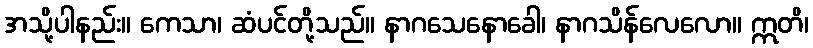
အသို့ပါနည်း။ ကေသာ၊ ဆံပင်တို့သည်။ နာဂသေနောခေါ၊ နာဂသိန်လေလော။ ဣတိ၊